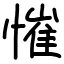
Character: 慛